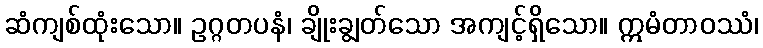
ဆံကျစ်ထုံးသော။ ဥဂ္ဂတပနံ၊ ချိုးချွတ်သော အကျင့်ရှိသော။ ဣမံတာဝဿံ၊